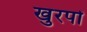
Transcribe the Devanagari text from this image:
खुरपों